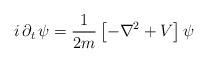
LaTeX: \begin{align*}i \, \partial_{t} \, \psi = \frac{1}{2 m}\left[-\nabla^{2} +V\right] \psi \end{align*}